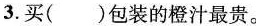
3.买（ ）包装的橙汁最贵。